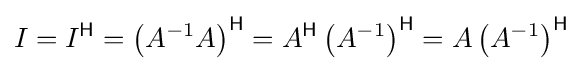
I=I^{\mathsf {H}}=\left(A^{-1}A\right)^{\mathsf {H}}=A^{\mathsf {H}}\left(A^{-1}\right)^{\mathsf {H}}=A\left(A^{-1}\right)^{\mathsf {H}}